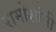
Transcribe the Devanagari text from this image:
रामोशांनी